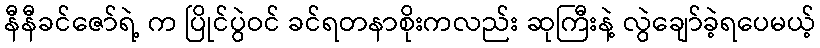
နီနီခင်ဇော်ရဲ့ က ပြိုင်ပွဲဝင် ခင်ရတနာစိုးကလည်း ဆုကြီးနဲ့ လွဲချော်ခဲ့ရပေမယ့်